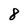
Character: 8